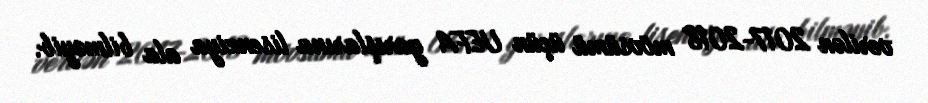
verilən 2017-2018 mövsümü üçün UEFA yarışlarına lisenziya ala bilməyib.